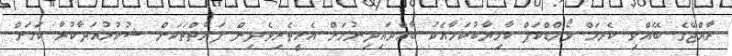
ރާއްޖޭގެ ބޭއްވި ކެރަމް ވޯލްޑްކަޕް ކާމިޔާބުކަމާއެކު ބާއްވައިދިނުމަށް އެހީތެރިވެދިން ފަރާތްތަކަށް ޝުކުރުއަދާކުރާ ކަމަށް